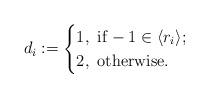
LaTeX: \begin{align*} d_{i}:= \begin{cases}1,~{\rm if} -1 \in \langle r_{i}\rangle; \\ 2, ~{\rm otherwise}.\end{cases}\end{align*}